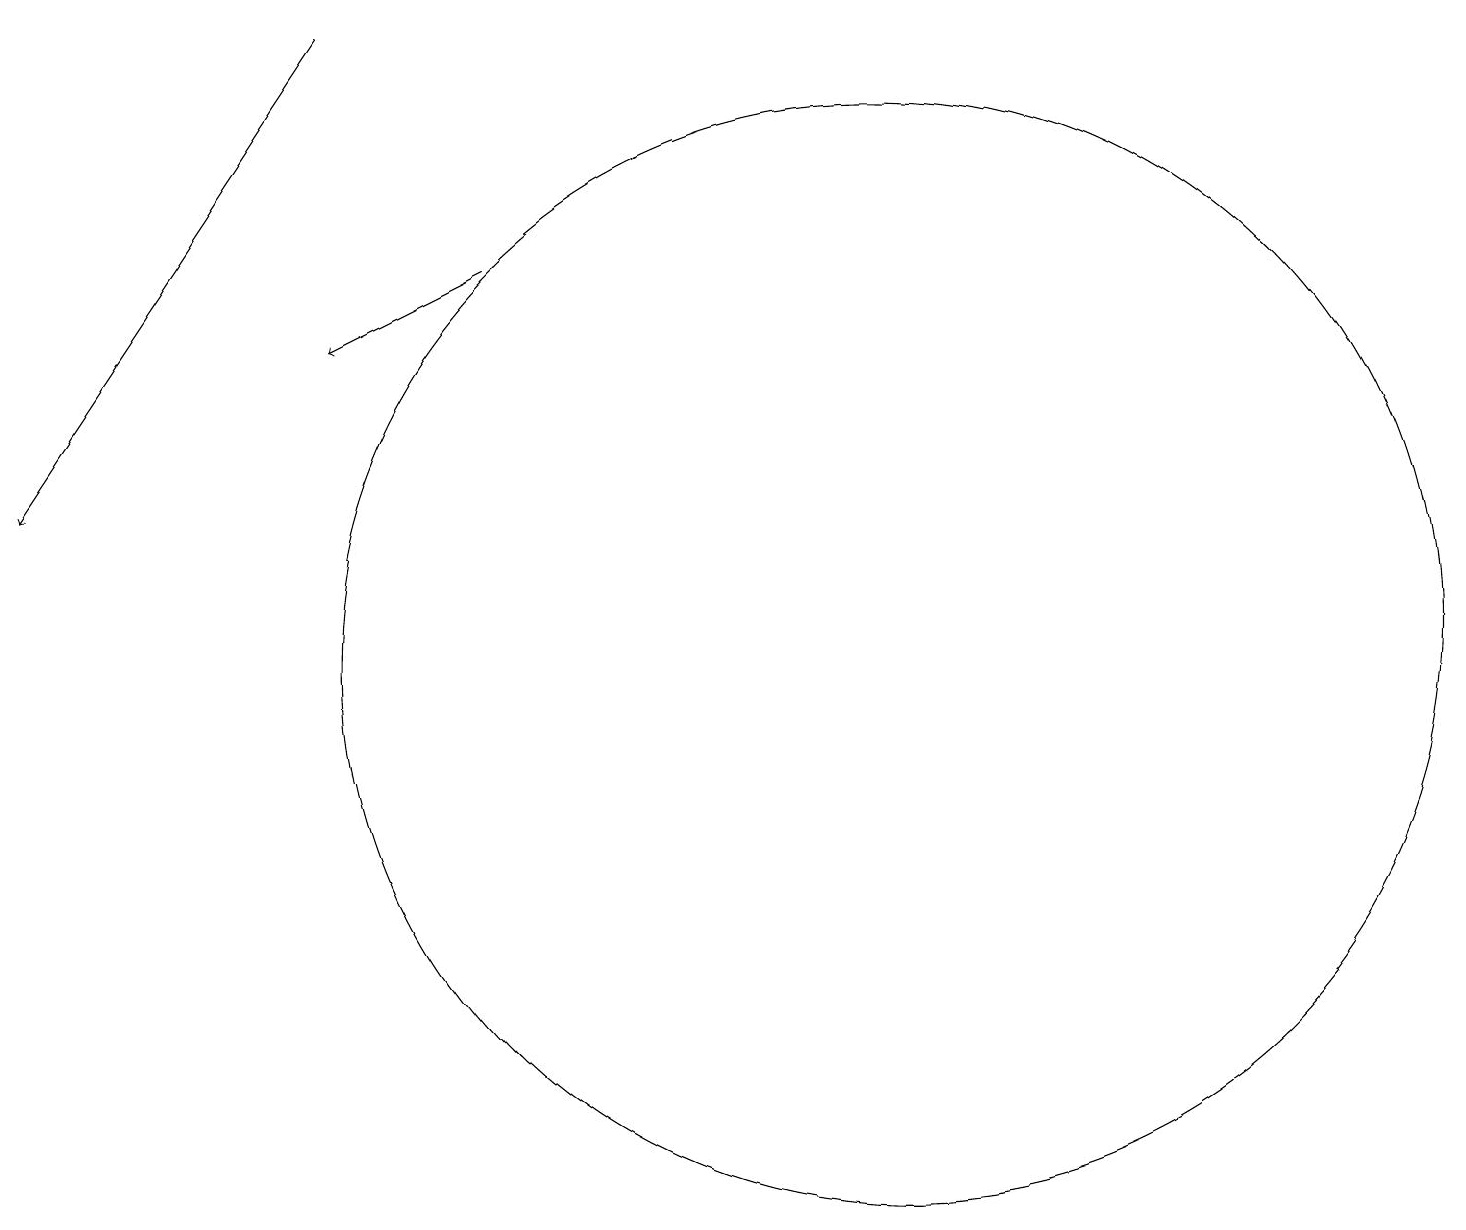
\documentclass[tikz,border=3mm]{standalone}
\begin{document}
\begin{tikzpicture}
\draw (11,10) circle (7);
\draw[->] (4,18) -- (0,12);
\draw[->] (6,15) -- (4,14);
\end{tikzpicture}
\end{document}